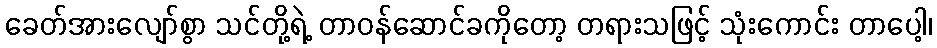
ခေတ်အားလျော်စွာ သင်တို့ရဲ့ တာဝန်ဆောင်ခကိုတော့ တရားသဖြင့် သုံးကောင်း တာပေါ့၊